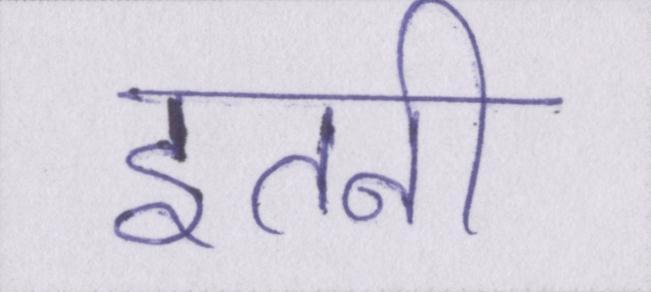
इतनी